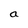
Character: a